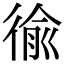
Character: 𢔢